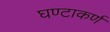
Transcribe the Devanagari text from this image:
घण्टाकर्ण